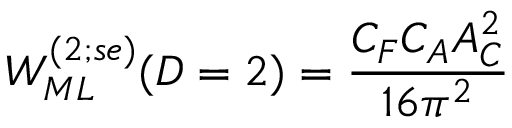
{ \cal W } _ { M L } ^ { ( 2 ; s e ) } ( D = 2 ) = \frac { C _ { F } C _ { A } { \cal A } _ { C } ^ { 2 } } { { 1 6 { \pi } ^ { 2 } } }